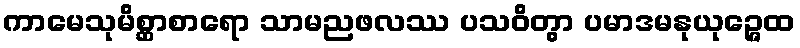
ကာမေသုမိစ္ဆာစာရော သာမညဖလဿ ပသဝိတွာ ပမာဒမနုယုဉ္ဇေထ